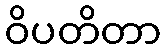
ဝိပတိတာ